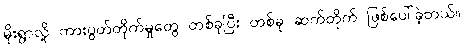
မိုးရွာလို့ ကားပွတ်တိုက်မှုတွေ တစ်ခုပြီး တစ်ခု ဆက်တိုက် ဖြစ်ပေါ်ခဲ့တယ်။